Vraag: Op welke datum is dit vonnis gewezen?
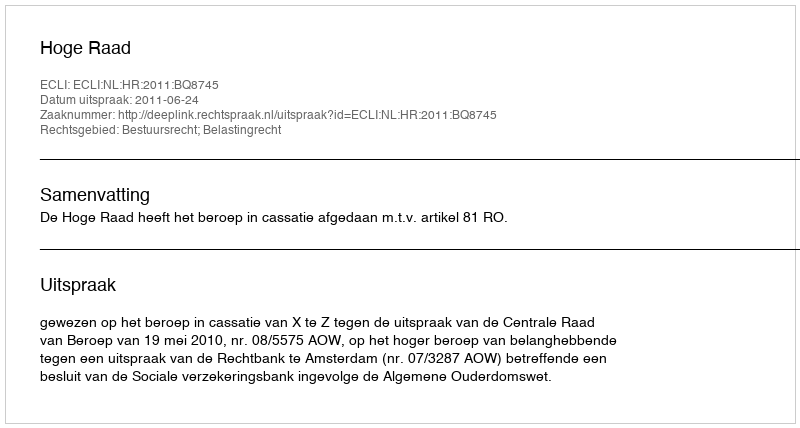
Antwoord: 2011-06-24